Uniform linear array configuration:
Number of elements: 4
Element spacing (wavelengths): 1
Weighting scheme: hamming
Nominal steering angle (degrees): -30
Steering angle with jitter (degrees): -30.244
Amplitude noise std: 0.05
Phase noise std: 0.05

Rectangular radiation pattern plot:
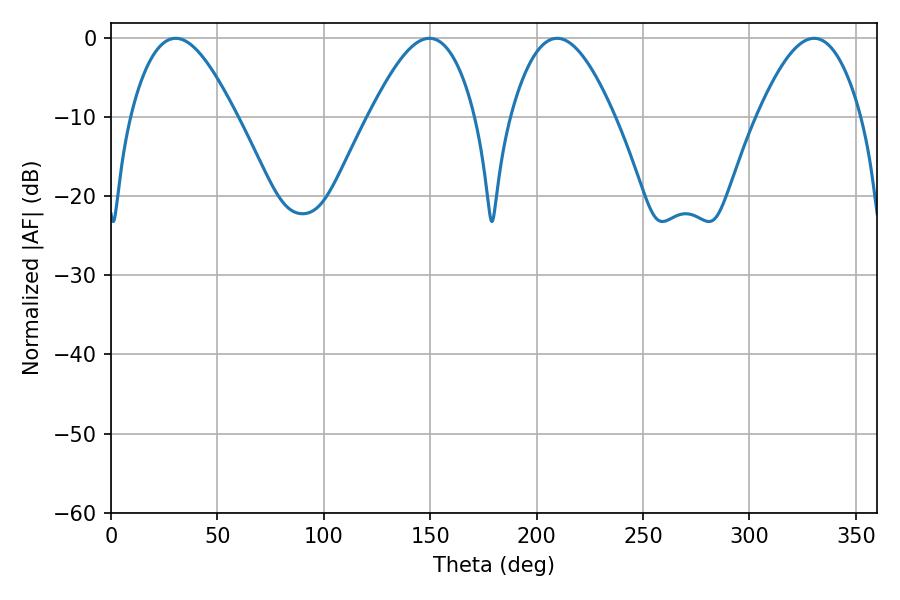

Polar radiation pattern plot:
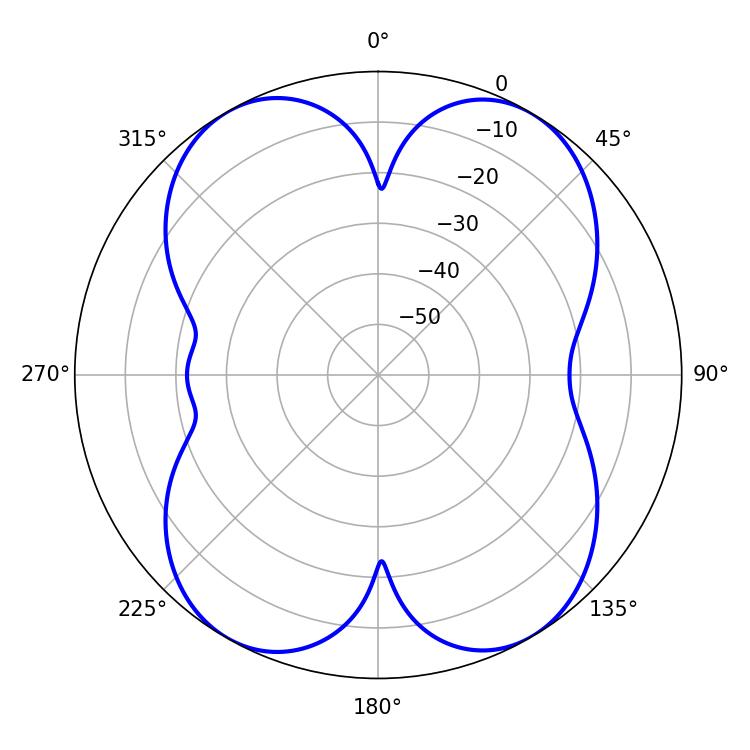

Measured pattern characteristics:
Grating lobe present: TRUE
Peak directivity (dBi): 17.786
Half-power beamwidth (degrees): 26.82
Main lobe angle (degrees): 30.42